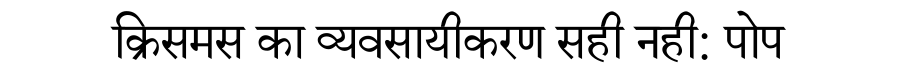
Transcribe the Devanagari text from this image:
क्रिसमस का व्यवसायीकरण सही नही: पोप